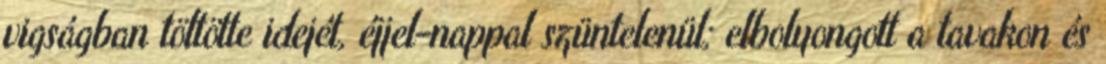
vigságban töltötte idejét, éjjel-nappal szüntelenül; elbolyongott a tavakon és